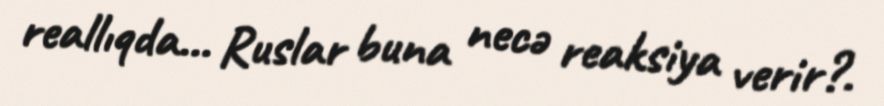
reallıqda... Ruslar buna necə reaksiya verir?.